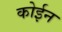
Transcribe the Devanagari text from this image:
कोईन